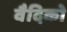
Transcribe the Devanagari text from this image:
वैदिको